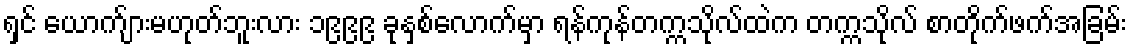
ရှင် ယောက်ျားမဟုတ်ဘူးလား ၁၉၉၉ ခုနှစ်လောက်မှာ ရန်ကုန်တက္ကသိုလ်ထဲက တက္ကသိုလ် စာတိုက်ဖက်အခြမ်း